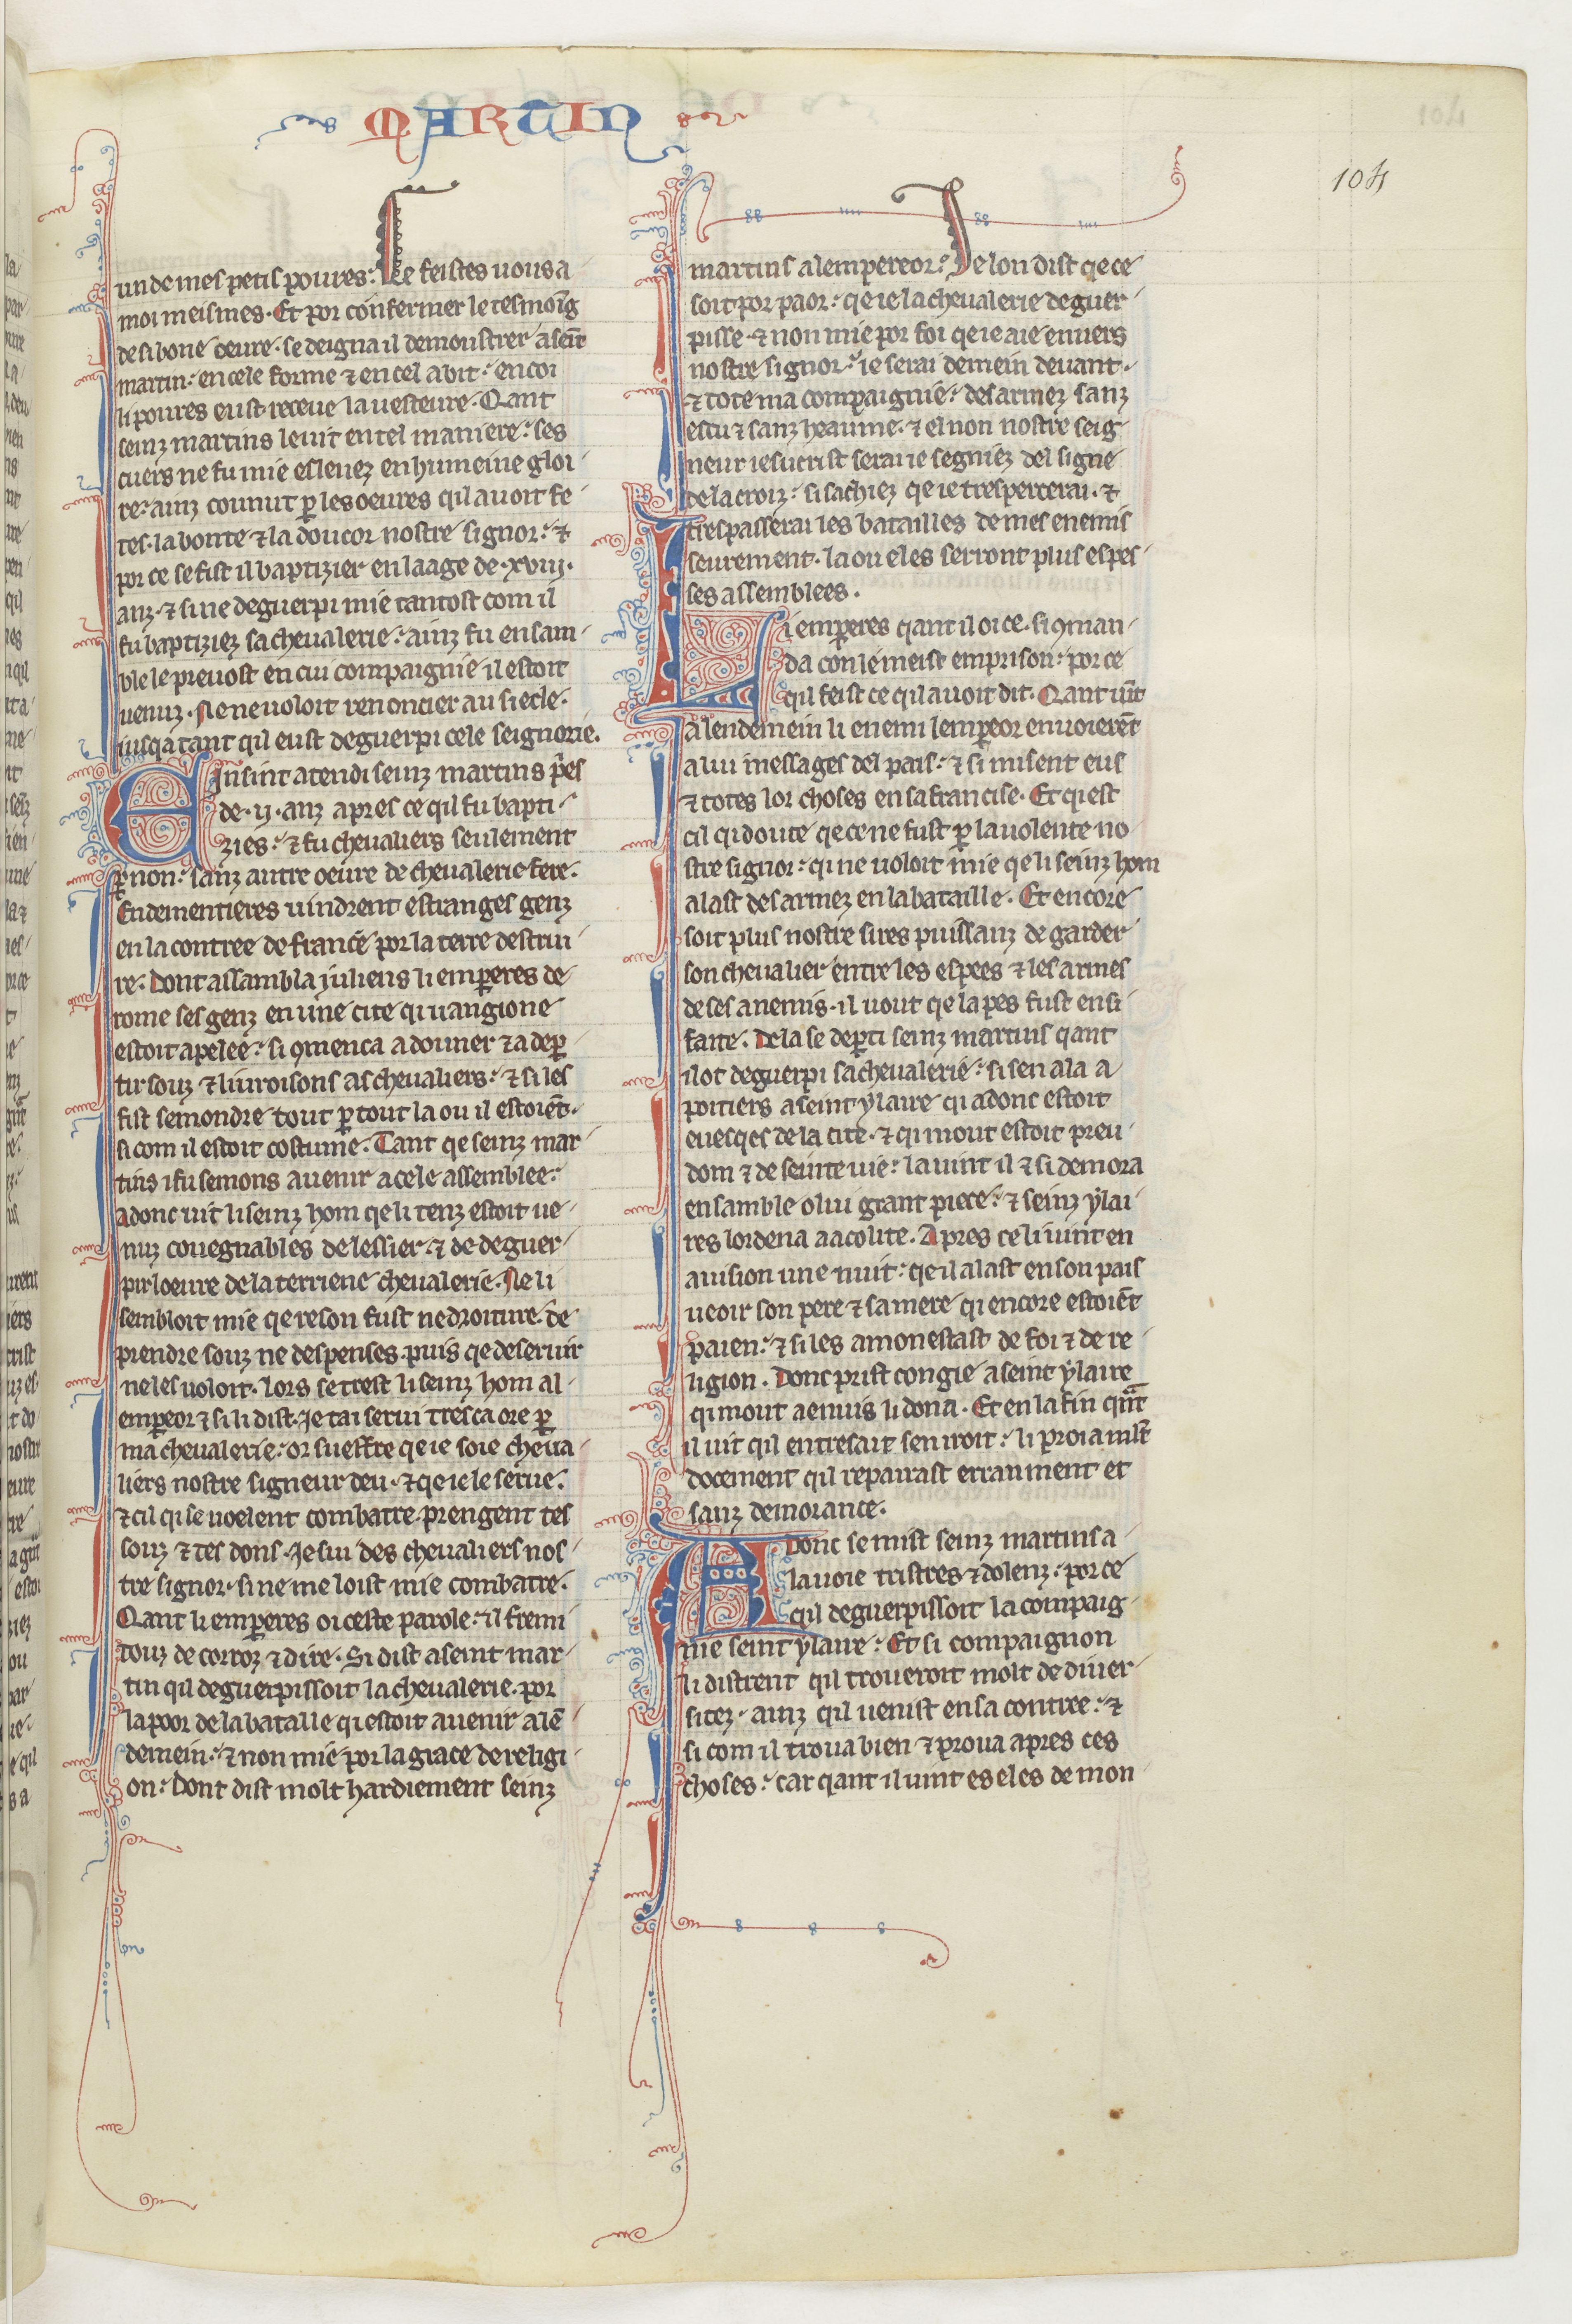
Shelfmark: Paris, BnF, fr. 412
Century: 13